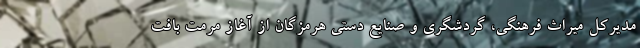
مدیرکل میراث فرهنگی، گردشگری و صنایع دستی هرمزگان از آغاز مرمت بافت